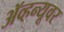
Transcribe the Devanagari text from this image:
ॲव्हन्यूवर